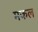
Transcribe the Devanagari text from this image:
मकल